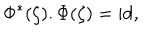
LaTeX: \Phi ^ { * } ( \zeta ) . \Phi ( \zeta ) = \mathrm { i d } ,